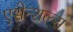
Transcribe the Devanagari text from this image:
एसेन्शल्स